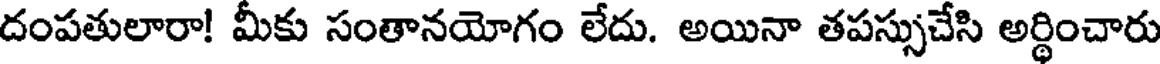
దంపతులారా! మీకు సంతానయోగం లేదు. అయినా తపస్సుచేసి అర్థించారు